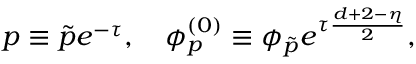
p \equiv \tilde { p } e ^ { - \tau } , \ \ \ \phi _ { p } ^ { ( 0 ) } \equiv \phi _ { \tilde { p } } e ^ { \tau \frac { d + 2 - \eta } { 2 } } ,